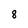
Character: 8